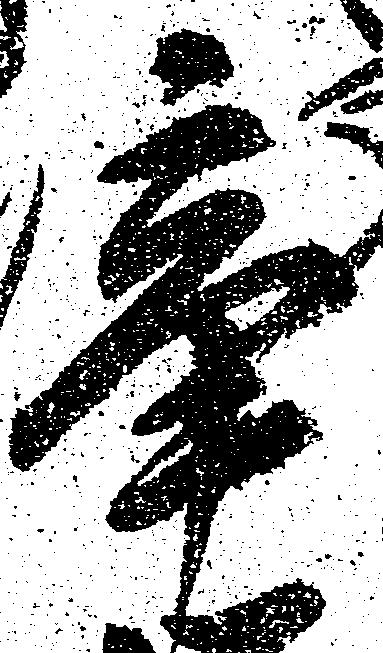
辛